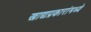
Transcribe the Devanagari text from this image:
खाद्यप्रकारांमध्ये